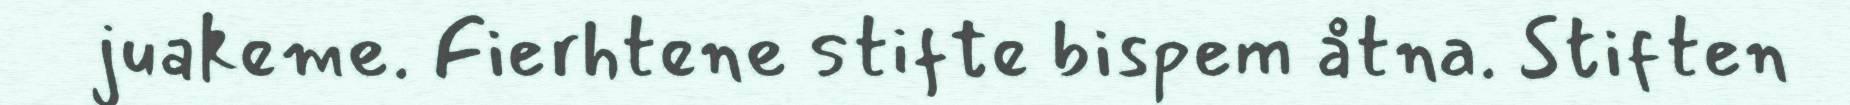
juakeme. Fierhtene stifte bispem åtna. Stiften